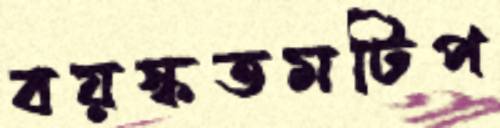
বয়স্কতমটিপ